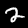
Label: 2